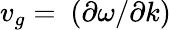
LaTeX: v_{g}=~(\partial\omega/\partial k)